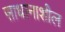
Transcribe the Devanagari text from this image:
साधानाशील